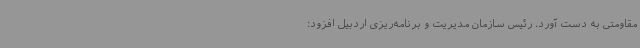
مقاومتی به دست آورد. رئیس سازمان مدیریت و برنامه‌ریزی اردبیل افزود: